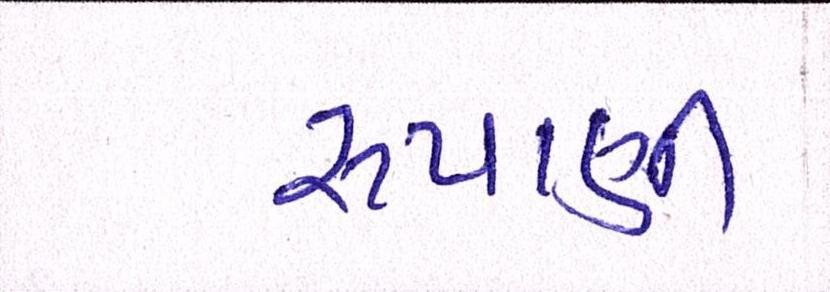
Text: રુપાણી